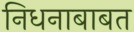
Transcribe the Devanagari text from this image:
निधनाबाबत